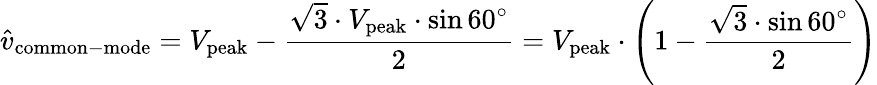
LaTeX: {\hat{v}}_{\mathrm{common-mode}}=V_{\mathrm{peak}}-{\frac{{\sqrt{3}}\cdot V_{\mathrm{peak}}\cdot\sin 60^{\circ}}{2}}=V_{\mathrm{peak}}\cdot{\Biggl(}1-{\frac{{\sqrt{3}}\cdot\sin 60^{\circ}}{2}}{\Biggl)}